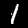
Label: 1